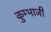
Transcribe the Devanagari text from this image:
कुम्भाजी